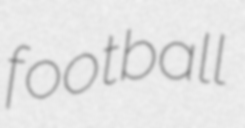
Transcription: football